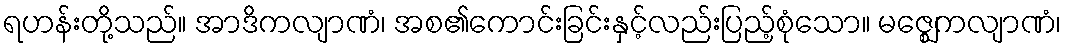
ရဟန်းတို့သည်။ အာဒိကလျာဏံ၊ အစ၏ကောင်းခြင်းနှင့်လည်းပြည့်စုံသော။ မဇ္ဈေကလျာဏံ၊